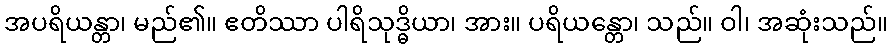
အပရိယန္တာ၊ မည်၏။ ဧတိဿာ ပါရိသုဒ္ဓိယာ၊ အား။ ပရိယန္တော၊ သည်။ ဝါ၊ အဆုံးသည်။